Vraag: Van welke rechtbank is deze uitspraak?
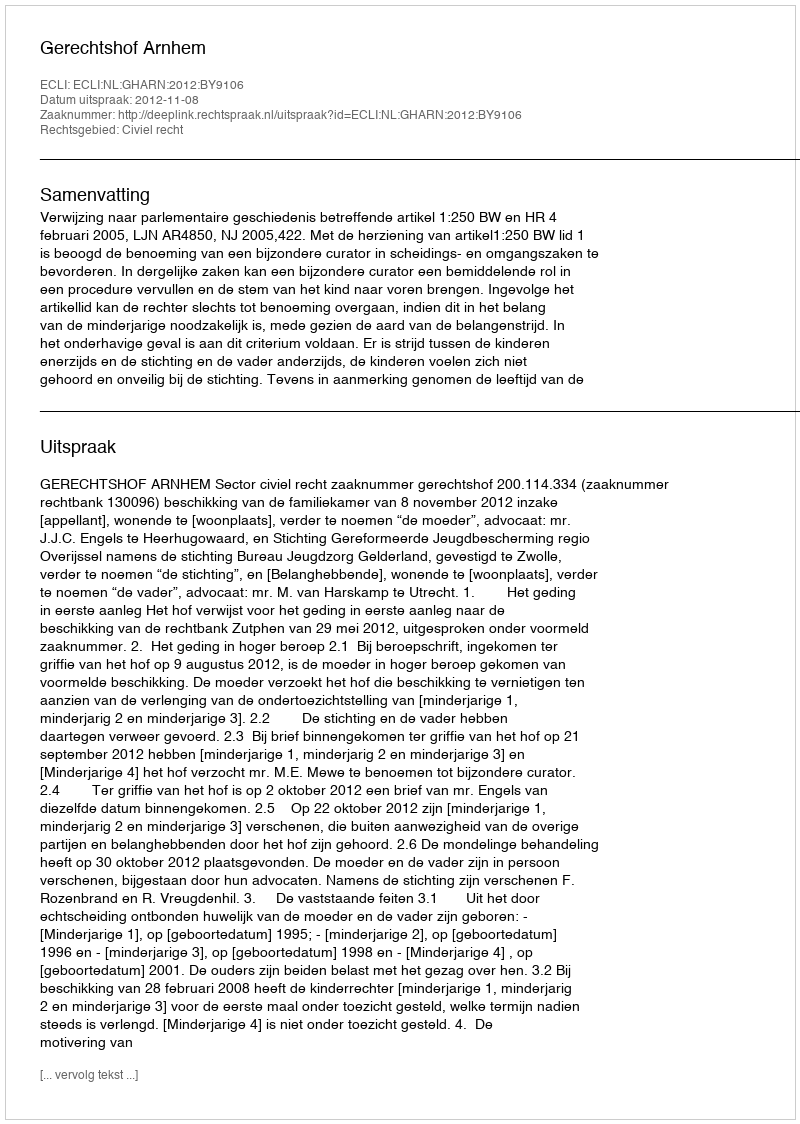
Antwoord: Gerechtshof Arnhem